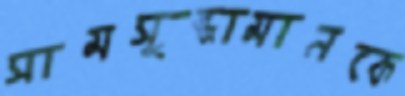
সামসুজ্জামানকে